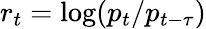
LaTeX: r_{t}=\log(p_{t}/p_{t-\tau})